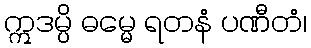
ဣဒမ္ပိ ဓမ္မေ ရတနံ ပဏီတံ၊